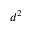
d ^ { 2 }